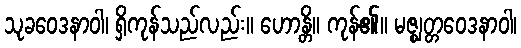
သုခဝေဒနာဝါ၊ ရှိကုန်သည်လည်း။ ဟောန္တိ။ ကုန်၏။ မဇ္ဈတ္တဝေဒနာဝါ၊